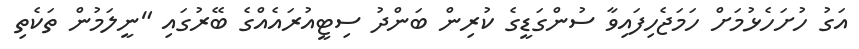
އަގު ހުށަހެޅުމަށް ހަމަޖެހިފައިވާ ސުންގަޑީގެ ކުރިން ބަންދު ސިޓީއުރައެއްގެ ބޭރުގައި "ނީލަމުން ތަކެތި